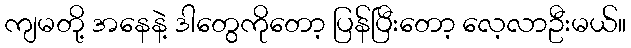
ကျမတို့ အနေနဲ့ ဒါတွေကိုတော့ ပြန်ပြီးတော့ လေ့လာဦးမယ်။